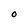
Character: O